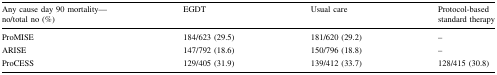
<table><thead><tr><td><b>Any cause day 90 mortality—no/total no (%)</b></td><td><b>EGDT</b></td><td><b>Usual care</b></td><td><b>Protocol-based standard therapy</b></td></tr></thead><tbody><tr><td>ProMISE</td><td>184/623 (29.5)</td><td>181/620 (29.2)</td><td>–</td></tr><tr><td>ARISE</td><td>147/792 (18.6)</td><td>150/796 (18.8)</td><td>–</td></tr><tr><td>ProCESS</td><td>129/405 (31.9)</td><td>139/412 (33.7)</td><td>128/415 (30.8)</td></tr></tbody></table>